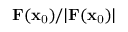
\mathbf { F } ( \mathbf { x } _ { \mathrm { 0 } } ) / | \mathbf { F } ( \mathbf { x } _ { \mathrm { 0 } } ) |